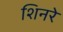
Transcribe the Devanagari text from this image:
शिनरे